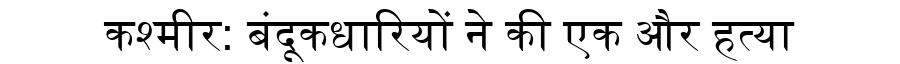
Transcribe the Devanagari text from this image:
कश्मीर: बंदूकधारियों ने की एक और हत्या